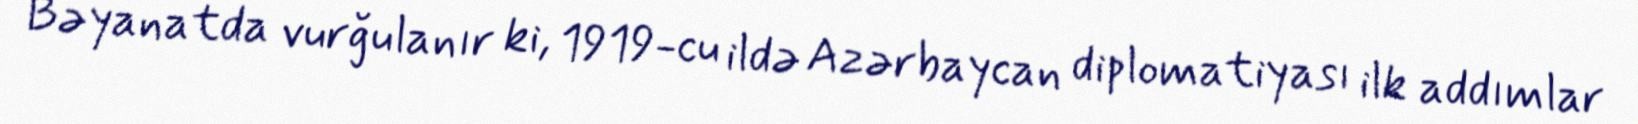
Bəyanatda vurğulanır ki, 1919-cu ildə Azərbaycan diplomatiyası ilk addımlar